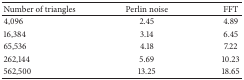
| Number of triangles | Perlin noise | FFT |
 | --- | --- | --- |
 | 4,096 | 2.45 | 4.89 |
 | 16,384 | 3.14 | 6.45 |
 | 65,536 | 4.18 | 7.22 |
 | 262,144 | 5.69 | 10.23 |
 | 562,500 | 13.25 | 18.65 |